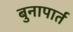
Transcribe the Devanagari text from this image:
बुनापार्त